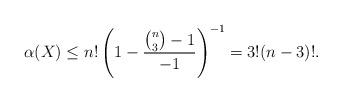
LaTeX: \begin{align*}\alpha(X) \leq n!\left(1-\frac{\binom{n}{3}-1}{-1}\right)^{-1} = 3!(n-3)!.\end{align*}